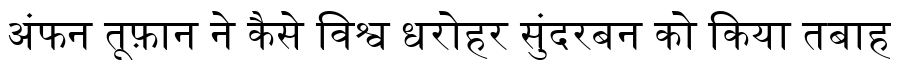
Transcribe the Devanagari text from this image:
अंफन तूफ़ान ने कैसे विश्व धरोहर सुंदरबन को किया तबाह